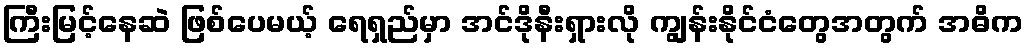
ကြီးမြင့်နေဆဲ ဖြစ်ပေမယ့် ရေရှည်မှာ အင်ဒိုနီးရှားလို ကျွန်းနိုင်ငံတွေအတွက် အဓိက